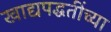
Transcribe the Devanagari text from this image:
खाद्यपद्धतींच्या